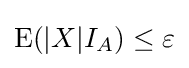
\operatorname {E} (|X|I_{A})\leq \varepsilon